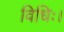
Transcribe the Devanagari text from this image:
विधिः।